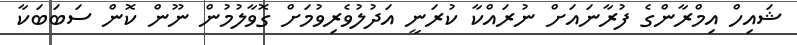
ޝައިހް އިމްރާންގެ ފުރާނައަށް ނުރައްކާ ކުރަނީ އަދުލުވެރިވުމަށް ގޮވާލުމުން ނޫން ކޮން ސަބަބަކާ